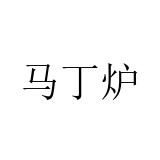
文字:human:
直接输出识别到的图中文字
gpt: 马丁炉